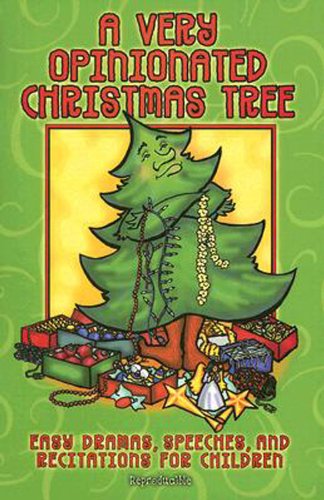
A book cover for A Very Opinionated Christmas Tree: Dramas, Speeches, and Recitations for Children; Alice Ann Glenn; Christian Books & Bibles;